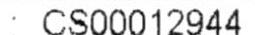
: CS00012944